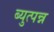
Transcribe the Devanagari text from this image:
ब्युत्पन्न